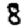
Digit: 8